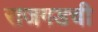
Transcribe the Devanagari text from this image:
राजगडची